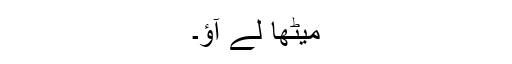
میٹھا لے آؤ۔